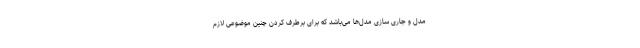
مدل و جاری سازی مدل‌ها می‌باشد که برای برطرف کردن چنین موضوعی لازم